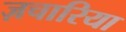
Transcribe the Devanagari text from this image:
ज़चारिया